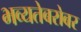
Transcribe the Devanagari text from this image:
भव्यतेबरोबर